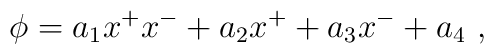
\phi=a_1x^+ x^-+a_2 x^+ + a_3 x^- + a_4 \ ,